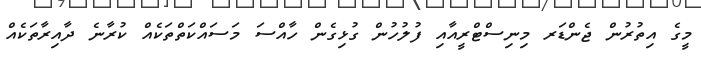
މީގެ އިތުރުން ޖެންޑަރ މިނިސްޓްރީއާއި ފުލުހުން ގުޅިގެން ހާއްސަ މަސައްކަތްތަކެއް ކުރާނެ ދާއިރާތަކެއް